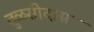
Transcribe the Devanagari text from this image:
तुळसीदास